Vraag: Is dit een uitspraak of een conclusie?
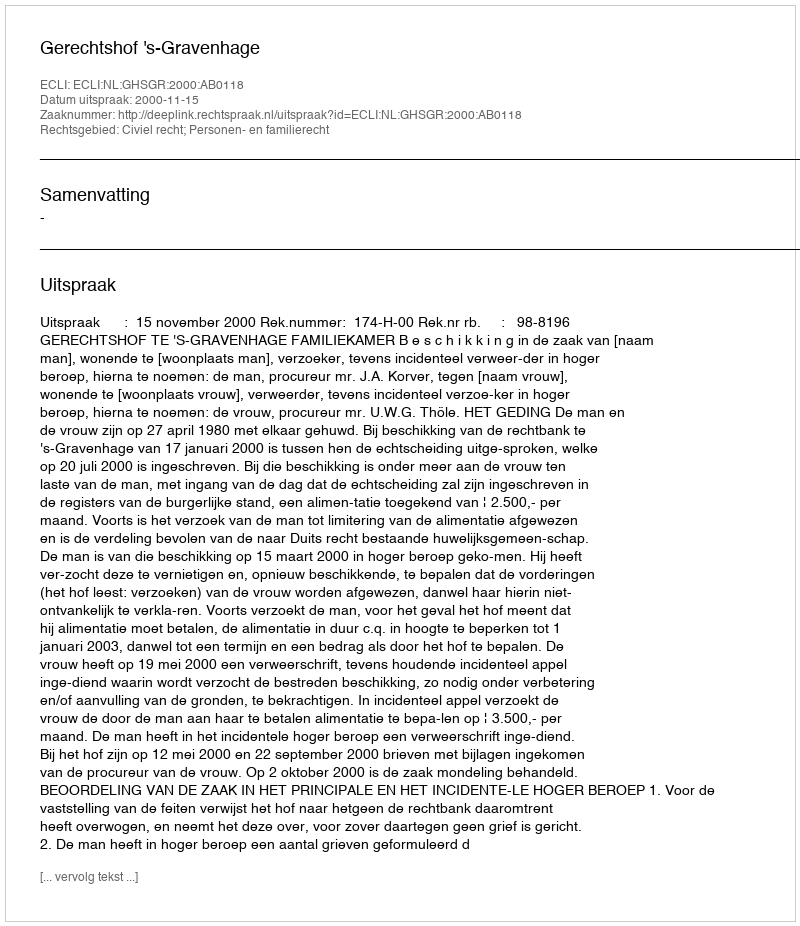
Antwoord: Uitspraak